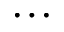
\dots